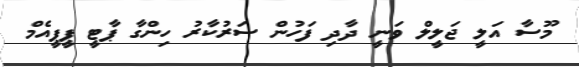
މޫސާ އަލީ ޖަލީލް ވަނީ ދާދި ފަހުން ސަރުކާރު ހިންގާ ޕާޓީ ޕީޕީއެމް